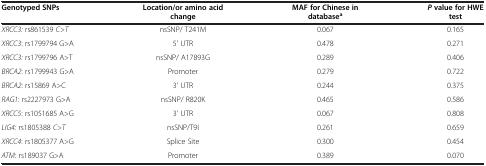
| Genotyped SNPs | Location/or amino acid change | MAF for Chinese in databasea | Pvalue for HWE test |
 | --- | --- | --- | --- |
 | XRCC3: rs861539 C>T | nsSNP/ T241M | 0.067 | 0.165 |
 | XRCC3: rs1799794 G>A | 5' UTR | 0.478 | 0.271 |
 | XRCC3: rs1799796 A>T | nsSNP/ A17893G | 0.289 | 0.406 |
 | BRCA2: rs1799943 G>A | Promoter | 0.279 | 0.722 |
 | BRCA2: rs15869 A>C | 3' UTR | 0.244 | 0.375 |
 | RAG1: rs2227973 G>A | nsSNP/ R820K | 0.465 | 0.586 |
 | XRCC5: rs1051685 A>G | 3' UTR | 0.067 | 0.808 |
 | LIG4: rs1805388 C>T | nsSNP/T9I | 0.261 | 0.659 |
 | XRCC4: rs1805377 A>G | Splice Site | 0.300 | 0.454 |
 | ATM: rs189037 G>A | Promoter | 0.389 | 0.070 |